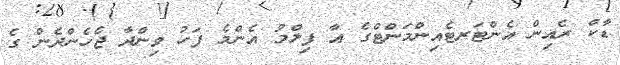
ޑާކް ރެއިން އެންޓަރޓެއިންމަންޓްގެ އާ ފިލްމު އެންމެ ފަހު ވިންދާ ޖެހެންދެން ގެ